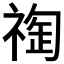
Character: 𥚬